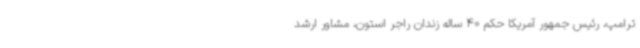
ترامپ، رئیس جمهور آمریکا حکم 40 ساله زندان راجر استون، مشاور ارشد